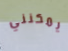
يمكنني